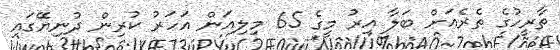
ތާރީހުގެ ތެރެއަށް ބަލާ އިރު މީގެ 65 މިލިއަން އަހަރު ކުރިން ދުނިޔޭގައި